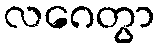
လဂေတွာ